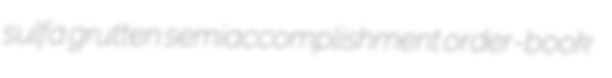
sulfa grutten semiaccomplishment order-book